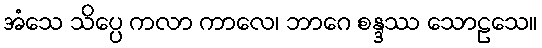
အံသေ သိပ္ပေ ကလာ ကာလေ၊ ဘာဂေ စန္ဒဿ သောဠသေ။